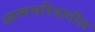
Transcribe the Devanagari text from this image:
आत्मचरित्रातील